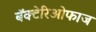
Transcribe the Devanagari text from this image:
बॅक्टेरिओफाज